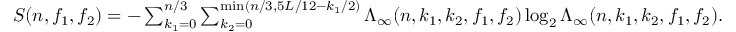
\begin{array} { r } { S ( n , f _ { 1 } , f _ { 2 } ) = - \sum _ { k _ { 1 } = 0 } ^ { n / 3 } \sum _ { k _ { 2 } = 0 } ^ { \operatorname* { m i n } ( n / 3 , 5 L / 1 2 - k _ { 1 } / 2 ) } \Lambda _ { \infty } ( n , k _ { 1 } , k _ { 2 } , f _ { 1 } , f _ { 2 } ) \log _ { 2 } \Lambda _ { \infty } ( n , k _ { 1 } , k _ { 2 } , f _ { 1 } , f _ { 2 } ) . } \end{array}